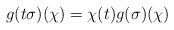
LaTeX: \begin{align*} g(t\sigma)(\chi)=\chi(t)g(\sigma)(\chi)\end{align*}